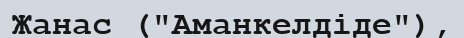
Жанас ("Аманкелдіде"),